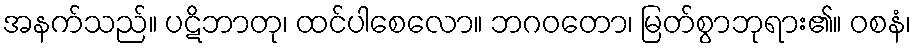
အနက်သည်။ ပဋိဘာတု၊ ထင်ပါစေလော။ ဘဂဝတော၊ မြတ်စွာဘုရား၏။ ဝစနံ၊